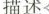
描述